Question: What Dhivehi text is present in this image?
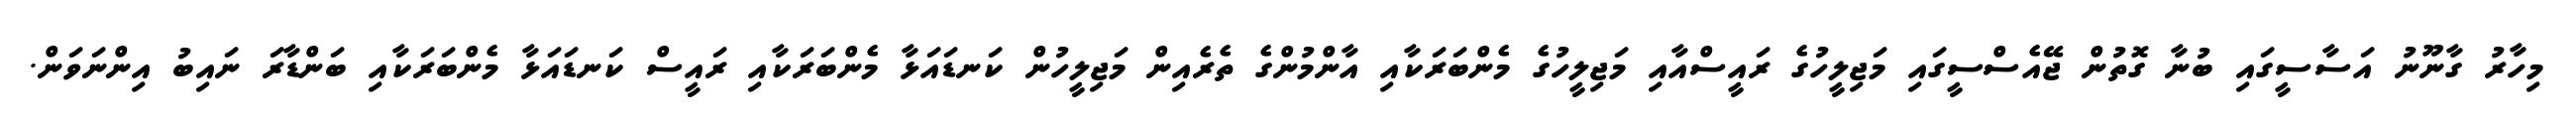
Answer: މިހާރު ގާނޫނު އަސާސީގައި ބުނާ ގޮތުން ޖޭއެސްސީގައި މަޖިލީހުގެ ރައީސްއާއި މަޖިލީހުގެ މެންބަރަކާއި އާންމުންގެ ތެރެއިން މަޖިލީހުން ކަނޑައަޅާ މެންބަރަކާއި ރައީސް ކަނޑައަޅާ މެންބަރަކާއި ބަންޑާރަ ނައިބު އިންނަވަން.